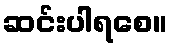
ဆင်းပါရစေ။